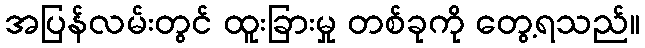
အပြန်လမ်းတွင် ထူးခြားမှု တစ်ခုကို တွေ့ရသည်။